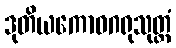
ဒုတိယကောဓဂရုသုတ္တံ